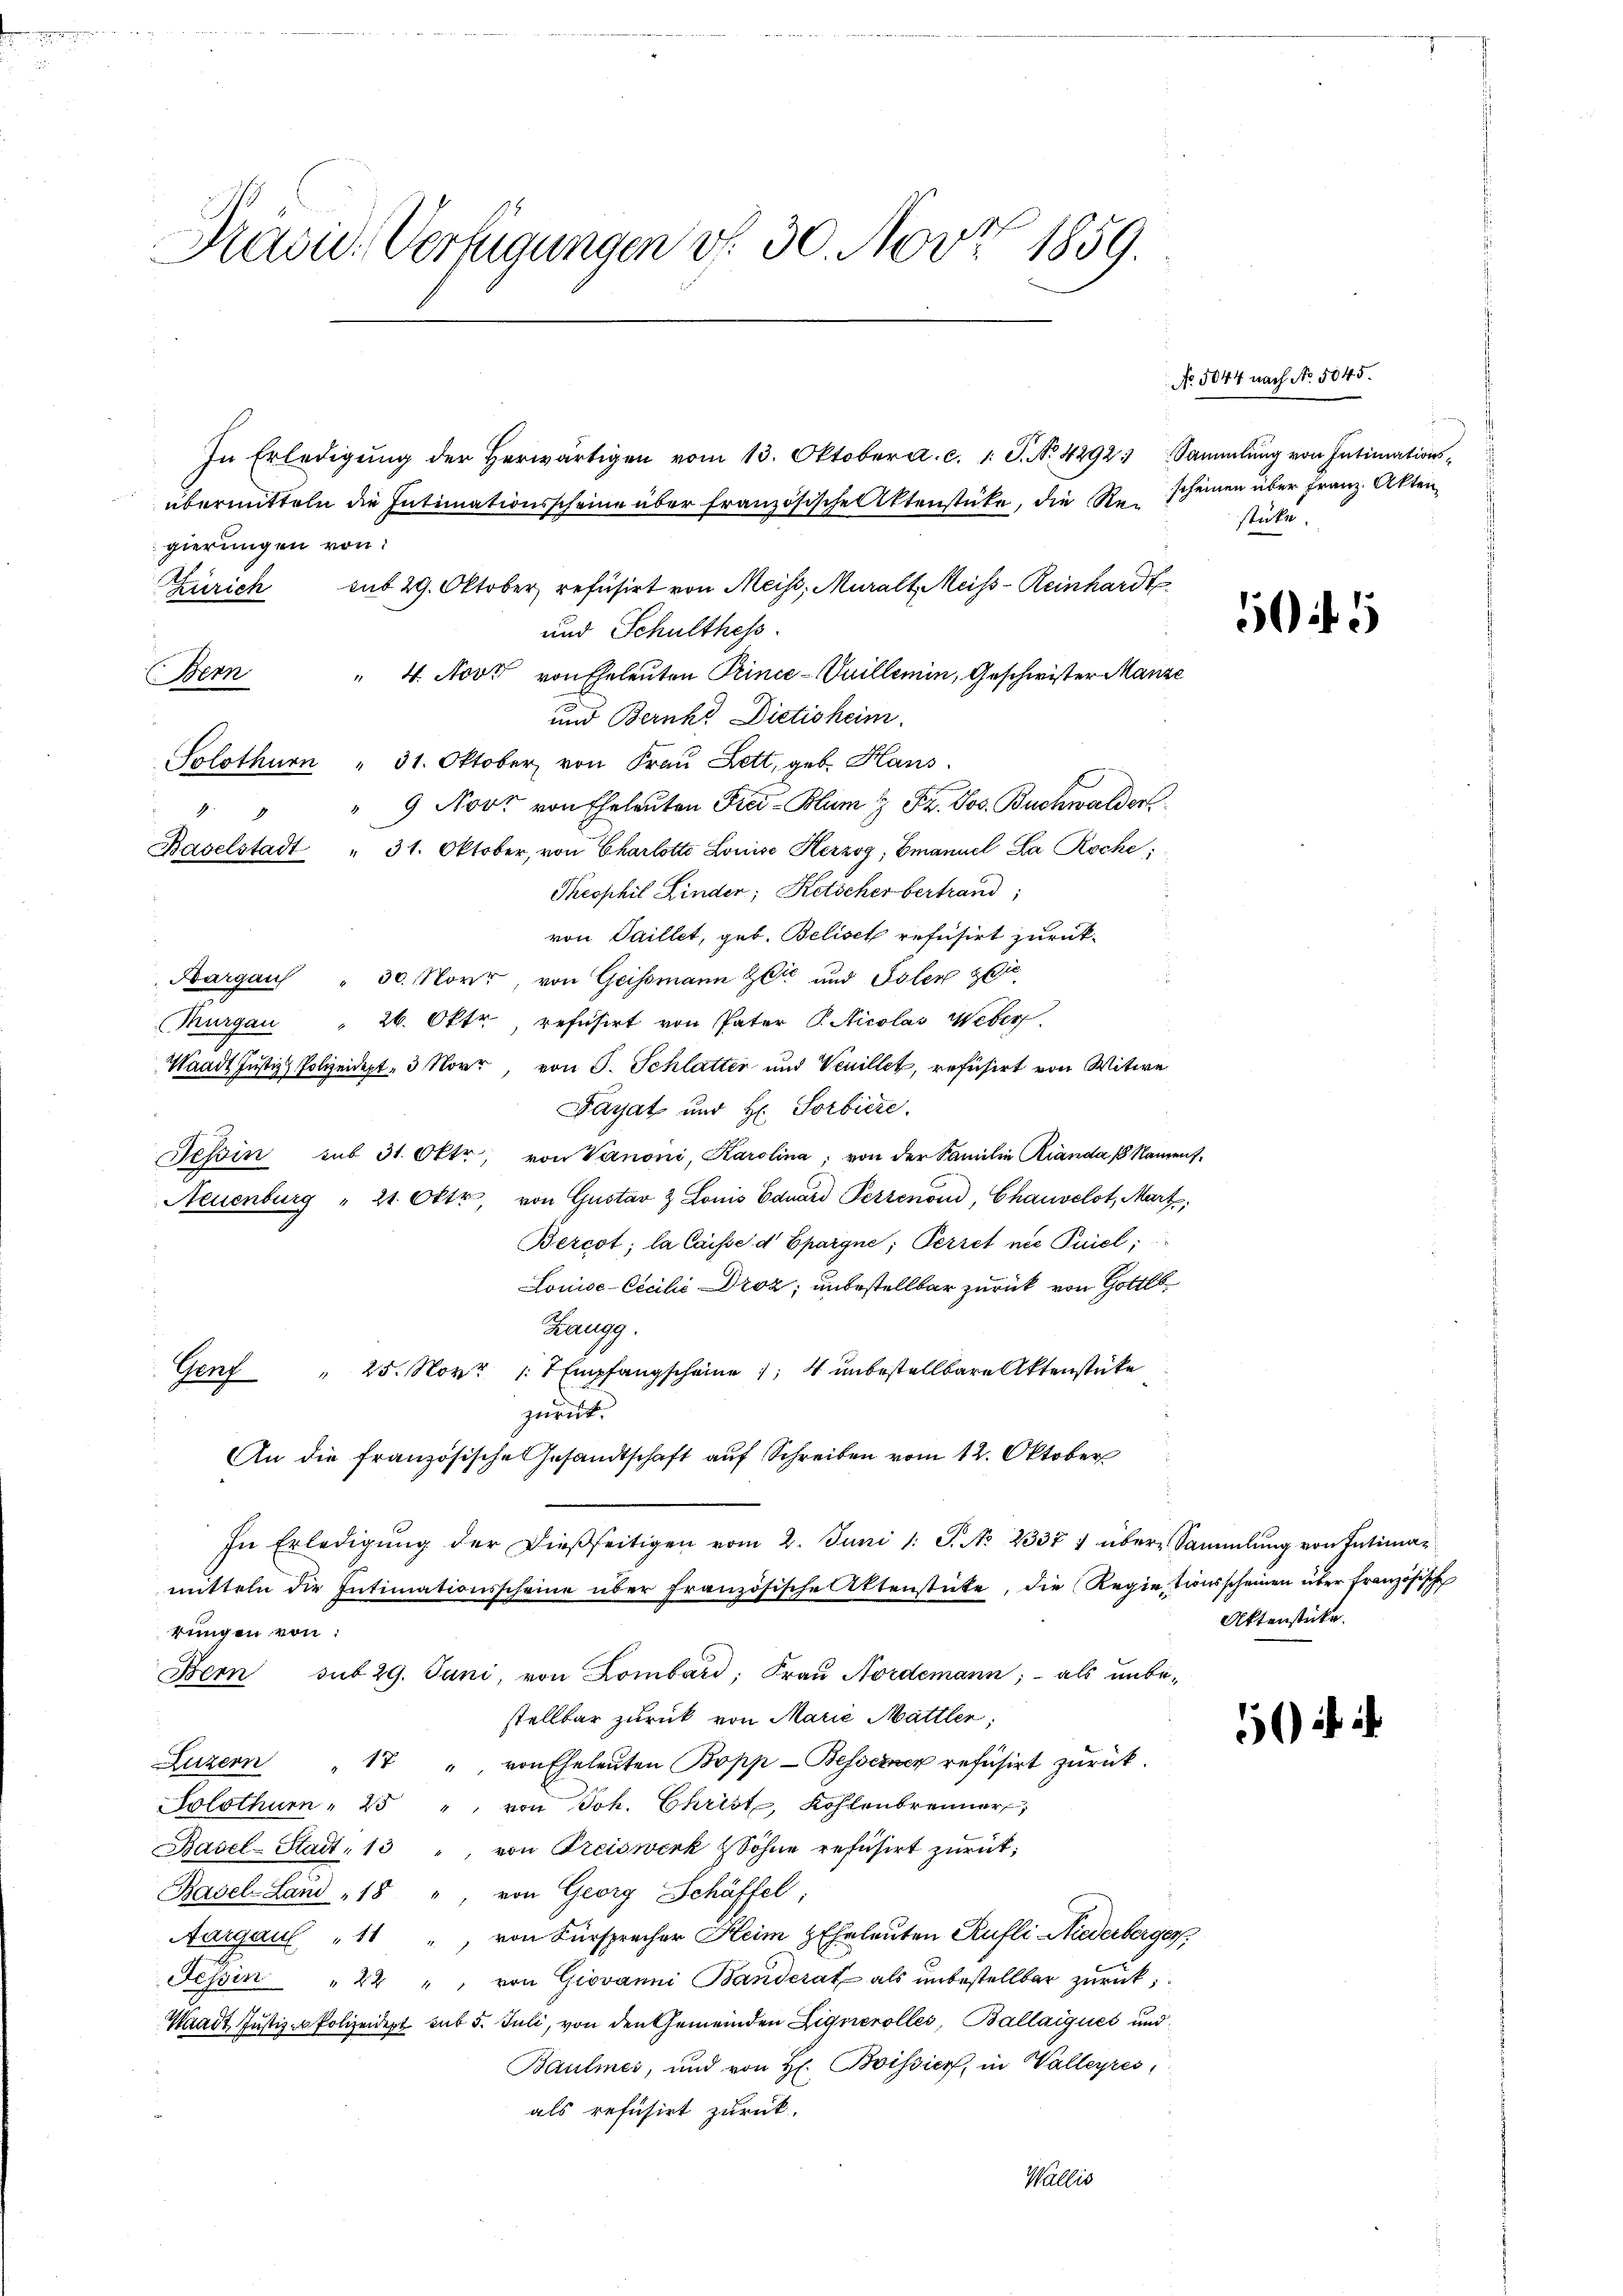
Präsid. Verfügungen v. 30. Nov. 1859.
In Erledigŭng der herwärtigen vom 13. Oktober a. c. 1 S. No. 4292. Sammlung von Intimations-
übermitteln die Intimationsscheine über französischeltenstücke, die Rescheinen über Franz. Akten
gierungen von

Zürich
" 4. Nov. von Eheleuten Prince-Vuillemin, Geschwister Manze
Dern
und Bernke Dictisheim.
Solothurn " 31. Oktober von Frau Lett, geb. Haus.
" 9 Novr von Eheleuten Frei-Blum 1 Fr. Jos. Buchwalder
49
Baselstadt " 31. Oktober, von Charlotte Louise Herzog, Emanuel La Roche;
Theophil Kinder; Ketscherbertrand;
von Saillet, geb. Belisch refusirt zurück-
Aargaus " 30. Novr, von Geissmann Zeit und Isler zie
Thurgau 26. Oktr, refüsirt von Pater P. Nicolas Weber
Waadt Justiz & Polizeidept. 3 Novr, von J. Schlatter und Venillet, refusirt von Witwe
Payat und H. Sorbiere
Tessin sub 31. Oktr, von Vanoni, Karolina, von der Familie Rianda 18 Nament¬
Neuenburg " 21. Oktr., von Gustav & Louis Bauard Perrenoud, Chauselot, Mart,
Bercot; la laisse d Spargne; Perret nie Puiel;
Louise-Cicilii Droz; unbestellbar zurück von Gottlo
Zaugg.
Genf " 25. Nov. 17 Empfangscheine 1, 4 unbestellbare Aktenstücke
zurück.
An die französische Gesandtschaft aŭf Schreiben vom 12. Oktober
In Erledigŭng der dießseitigen vom 2. Juni l. J. N. 23371 über Sammlung von Intimamitteln die Intimationsscheine über französische Aktenstücke, die Regietionsscheinen über französische
rungen von:
Bern sub 29. Juni, von Lombari; Fraŭ Nordemann; - als unbe-
stellbar zurück von Marie Mattler;
Luzern " 17 " von Eheleŭten Bopp-Besserner refüsirt zŭrück.
Solothurn " 25 " von Joh. Christ, Kohlenbrenner,
Basel-Stadt, 13 " von Preiswerk & Söhne refusirt zurück;
Basel-Land 18 ", von Georg Schäffel,
Aargaul " 11 " von Fürsprecher Heim Eheleuten Rufli Niederberger,
Tessin " 22 "" von Giovanni Banderat als ŭnbestellbar zŭrück;
Waadt Justiz- & Polizeidept sub 5. Juli, von den Gemeinden Lignerolles, Ballaigues und
Baulmes, und von H. Boissier, in Walleyres,
als refusirt zurück.

sub 29. Oktober refusirt von Meiss, Muralt, Meiss-Reinhardt
und Schulthess

Wallis

No. 5044 nach No. 5045.
statte.

505

Aktenstücke.